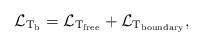
LaTeX: \begin{align*}{\cal L}_{\rm T_{\rm b}} = {\cal L}_{\rm T_{\rm free}} + {\cal L}_{\rm T_{\rm boundary}},\end{align*}